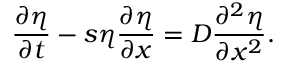
\frac { \partial \eta } { \partial t } - s \eta \frac { \partial \eta } { \partial x } = D \frac { \partial ^ { 2 } \eta } { \partial x ^ { 2 } } .